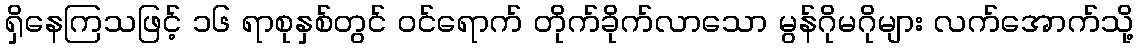
ရှိနေကြသဖြင့် ၁၆ ရာစုနှစ်တွင် ဝင်ရောက် တိုက်ခိုက်လာသော မွန်ဂိုမဂိုများ လက်အောက်သို့